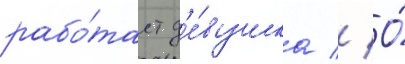
рабо́тает д'е́вушка // О́